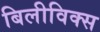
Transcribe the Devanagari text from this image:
बिलीविक्स